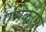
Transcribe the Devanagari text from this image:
एमकेएस